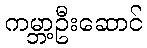
ကမ္ဘာ့ဦးဆောင်